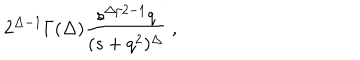
2 ^ { \Delta - 1 } \Gamma ( \Delta ) \frac { s ^ { \Delta / 2 - 1 } q } { ( s + q ^ { 2 } ) ^ { \Delta } } \ ,